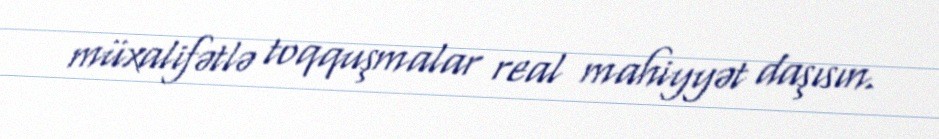
müxalifətlə toqquşmalar real mahiyyət daşısın.